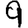
Digit: 9